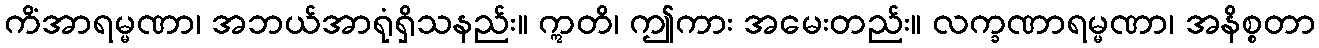
ကိံအာရမ္မဏာ၊ အဘယ်အာရုံရှိသနည်း။ ဣတိ၊ ဤကား အမေးတည်း။ လက္ခဏာရမ္မဏာ၊ အနိစ္စတာ